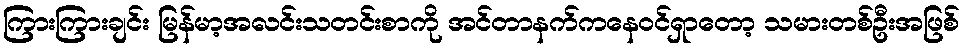
ကြားကြားချင်း မြန်မာ့အလင်းသတင်းစာကို အင်တာနက်ကနေဝင်ရှာတော့ သမားတစ်ဦးအဖြစ်